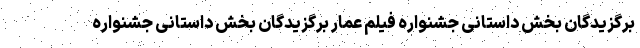
برگزیدگان بخش داستانی جشنواره فیلم عمار برگزیدگان بخش داستانی جشنواره